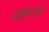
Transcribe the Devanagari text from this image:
संहिताआें